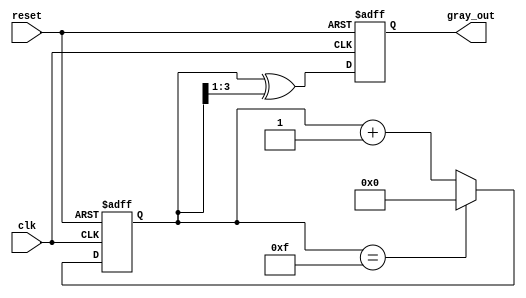
module gray_code_counter #(
    parameter N = 4 // Number of bits for the counter
) (
    input wire clk,      // Clock signal
    input wire reset,    // Asynchronous reset signal
    output reg [N-1:0] gray_out // Gray code output
);

// Internal binary counter
reg [N-1:0] binary_count;

// Binary to Gray code conversion function
function [N-1:0] binary_to_gray;
    input [N-1:0] binary;
    begin
        binary_to_gray = binary ^ (binary >> 1);
    end
endfunction

// Counter logic
always @(posedge clk or posedge reset) begin
    if (reset) begin
        binary_count <= 0;               // Reset binary counter
        gray_out <= binary_to_gray(0);   // Initialize Gray code output
    end else begin
        if (binary_count == (1 << N) - 1) begin
            binary_count <= 0; // Wrap around
        end else begin
            binary_count <= binary_count + 1; // Increment counter
        end
        gray_out <= binary_to_gray(binary_count); // Convert to Gray code
    end
end

endmodule